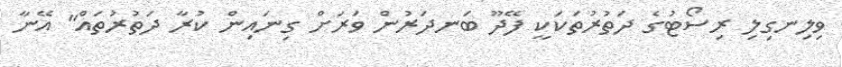
ވިލިނގިލި ރިސޯޓުގެ ދަތުރުތަކަކީ ފޭދޫ ބަނދަރުން ވަރަށް ގިނައިން ކުރާ ދަތުރުތައް" އޭނާ